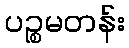
ပဉ္စမတန်း